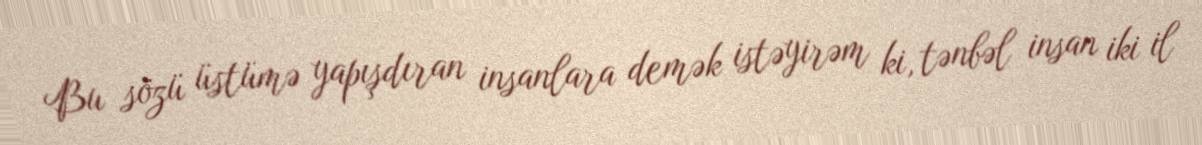
Bu sözü üstümə yapışdıran insanlara demək istəyirəm ki, tənbəl insan iki il